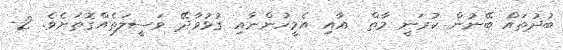
ބުދުތައް ބޭނުން ކުރަނީ މާތް  އާއި އެމީހުންނާއި ގުޅުވާދޭ ވަސީލަތެއްގޮތަށެވެ. 2-